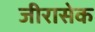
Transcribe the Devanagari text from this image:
जीरासेक